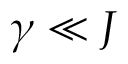
\gamma \ll J